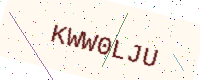
Text: KWW0LJU